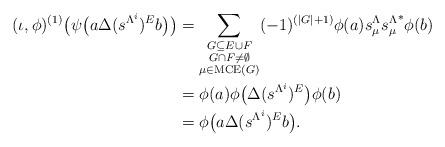
LaTeX: \begin{align*}(\iota,\phi)^{(1)}\big(\psi\big(a\Delta(s^{\Lambda^i})^Eb\big)\big)&=\sum_{\substack{G\subseteq E\cup F\\G\cap F\neq \emptyset\\\mu\in \mathrm{MCE}(G)}}(-1)^{(|G|+1)}\phi(a)s_\mu^\Lambda {s_\mu^\Lambda}^*\phi(b)\\&=\phi(a)\phi\big(\Delta(s^{\Lambda^i})^E\big)\phi(b)\\&=\phi\big(a\Delta(s^{\Lambda^i})^Eb\big).\end{align*}